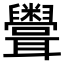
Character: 𥽳